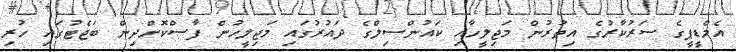
އެމްޑީޕީގެ ސަރުކާރުގެ އިތުރުން މަޖިލީހާއި ކައުންސިލްގެ ދައުރުގައި މަޖިލީހުން ފާސްކޮށްދިން ބަޖެޓުގައި ހުރި